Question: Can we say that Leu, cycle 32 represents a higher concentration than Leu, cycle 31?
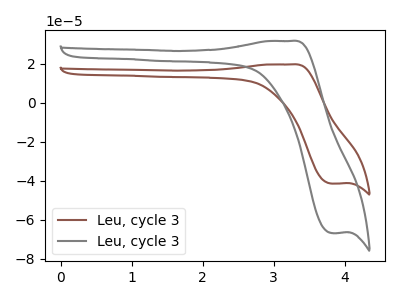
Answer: <think>The brown curve "Leu, cycle 31" has an anodic peak at (3.25V, 19.60uA) and a cathodic peak at (3.85V, -41.40uA). The gray curve "Leu, cycle 32" has an anodic peak at (3.25V, 31.60uA) and a cathodic peak at (3.85V, -66.75uA).
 All the peaks in "Leu, cycle 32" have a peak in "Leu, cycle 31" at the same potential. Every peak in "Leu, cycle 32" is higher than every peak in "Leu, cycle 31".</think>
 <answer>"Leu, cycle 32" has more signal than "Leu, cycle 31" and so likely has a higher concentration.</answer>
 <eval>more_concentration</eval>